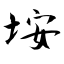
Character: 垵